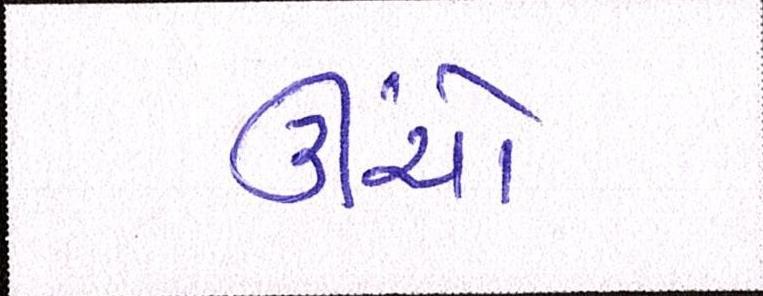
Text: ઊંચો